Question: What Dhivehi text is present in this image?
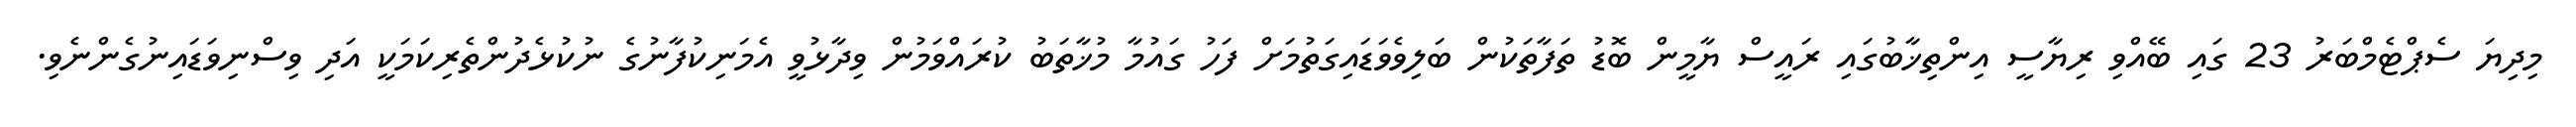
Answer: މިދިޔަ ސެޕްޓެމްބަރު 23 ގައި ބޭއްވި ރިޔާސީ އިންތިޚާބުގައި ރައީސް ޔާމީން ބޮޑު ތަފާތަކުން ބަލިވެވަޑައިގަތުމަށް ފަހު ގައުމާ މުޚާތަބު ކުރައްވަމުން ވިދާޅުވީ އެމަނިކުފާނުގެ ނުކުޅެދުންތެރިކަމަކީ އަދި ވިސްނިވަޑައިނުގެންނެވި.